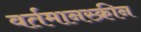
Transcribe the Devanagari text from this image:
वर्तमानस्क्रीन